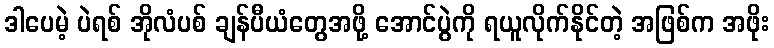
ဒါပေမဲ့ ပဲရစ် အိုလံပစ် ချန်ပီယံတွေအဖို့ အောင်ပွဲကို ရယူလိုက်နိုင်တဲ့ အဖြစ်က အဖိုး